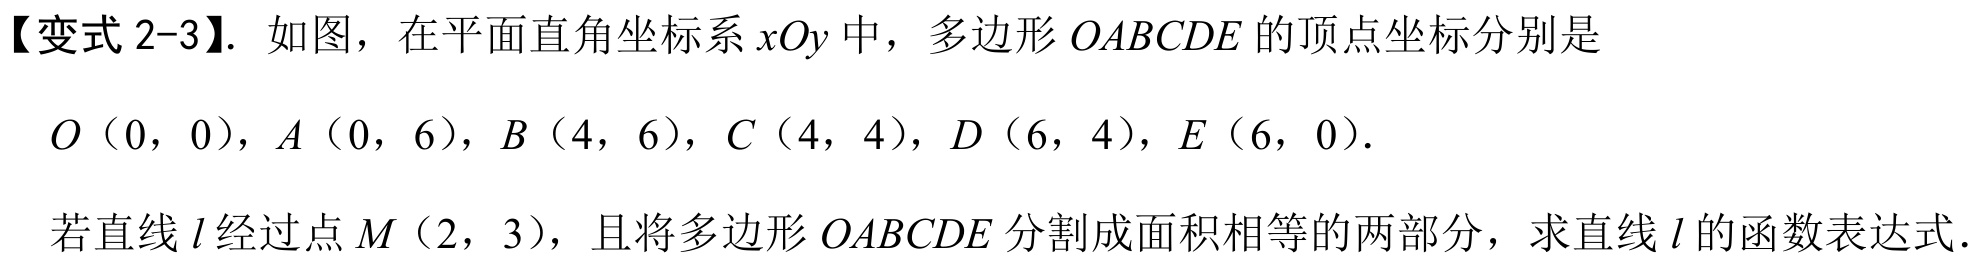
【变式 2-3】. 如图，在平面直角坐标系 \(xOy\) 中，多边形 \(OABCDE\) 的顶点坐标分别是 \(O（0，0）\)，\(A（0，6）\)，\(B（4，6）\)，\(C（4，4）\)，\(D（6，4）\)，\(E（6，0）\).
若直线 \(l\) 经过点 \(M（2，3）\)，且将多边形 \(OABCDE\) 分割成面积相等的两部分，求直线 \(l\) 的函数表达式.